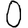
Digit: 0